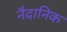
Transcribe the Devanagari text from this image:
नैदानिक